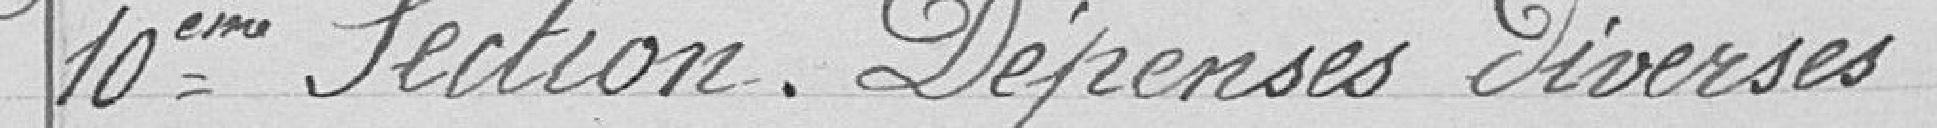
10ème Section. Dépenses diverses.